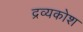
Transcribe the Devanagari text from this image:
द्रव्यकोश